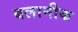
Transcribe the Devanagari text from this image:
बलानीक